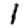
Digit: 1